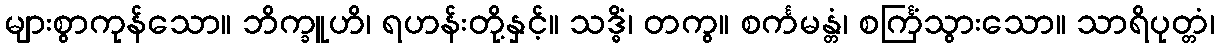
များစွာကုန်သော။ ဘိက္ခူဟိ၊ ရဟန်းတို့နှင့်။ သဒ္ဓိံ၊ တကွ။ စင်္ကမန္တံ၊ စင်္ကြံသွားသော။ သာရိပုတ္တံ၊